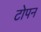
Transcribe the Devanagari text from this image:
टोपन